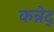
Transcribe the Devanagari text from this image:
कन्नेद्